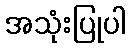
အသုံးပြုပါ